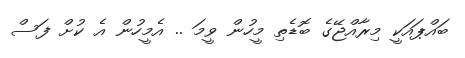
ބައްޕައަކީ މިރާއްޖޭގެ ބޮޑެތި މީހުން ވީމަ .. އެމީހުން އެ ކުށް ފަސް